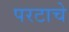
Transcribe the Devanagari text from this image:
परटाचे